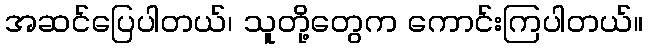
အဆင်ပြေပါတယ်၊ သူတို့တွေက ကောင်းကြပါတယ်။